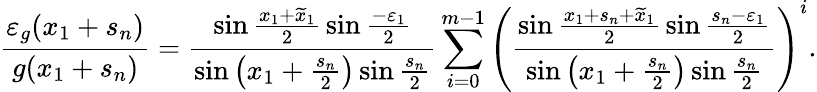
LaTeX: \frac{\varepsilon_{g}(x_{1}+s_{n})}{g(x_{1}+s_{n})}=\frac{\sin{\frac{x_{1}+\widetilde{x}_{1}}{2}}\sin{\frac{-\varepsilon_{1}}{2}}}{\sin{\left(x_{1}+\frac{s_{n}}{2}\right)}\sin{\frac{s_{n}}{2}}}\sum_{i=0}^{m-1}\left(\frac{\sin{\frac{x_{1}+s_{n}+\widetilde{x}_{1}}{2}}\sin{\frac{s_{n}-\varepsilon_{1}}{2}}}{\sin{\left(x_{1}+\frac{s_{n}}{2}\right)}\sin{\frac{s_{n}}{2}}}\right)^{i}.